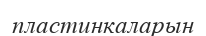
пластинкаларын